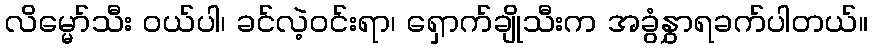
လိမ္မော်သီး ဝယ်ပါ၊ ခင်လဲ့ဝင်းရာ၊ ရှောက်ချိုသီးက အခွံနွှာရခက်ပါတယ်။